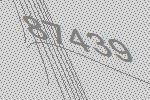
87439